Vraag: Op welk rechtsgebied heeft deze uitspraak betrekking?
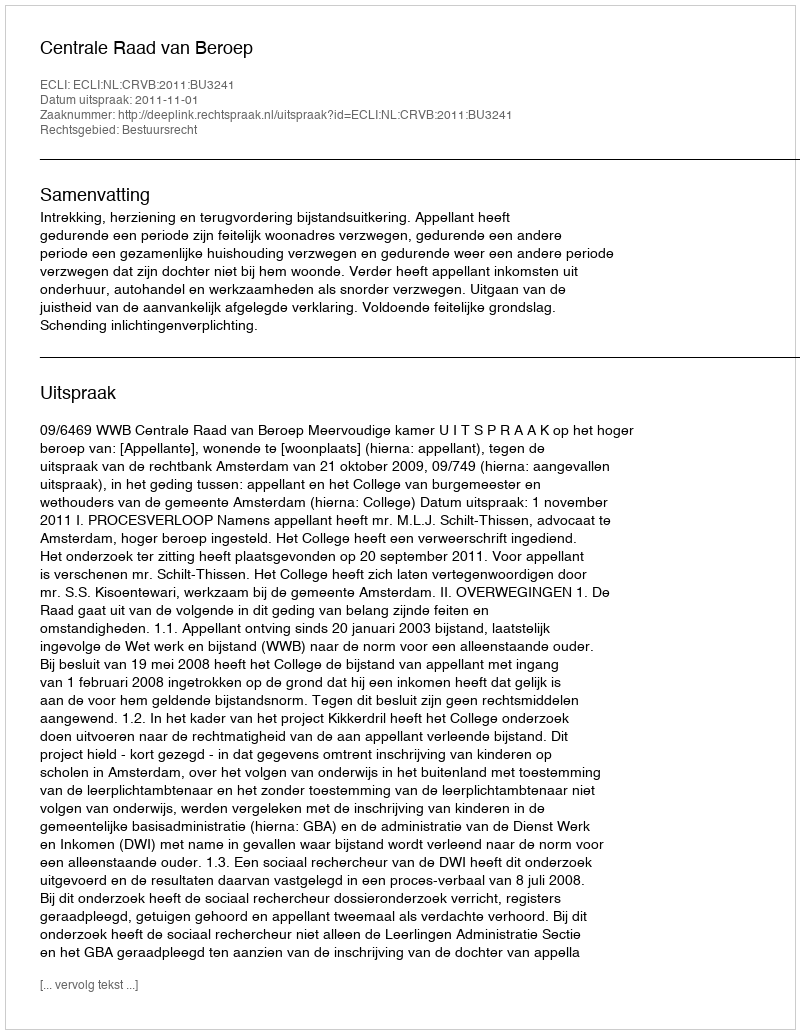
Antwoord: Bestuursrecht